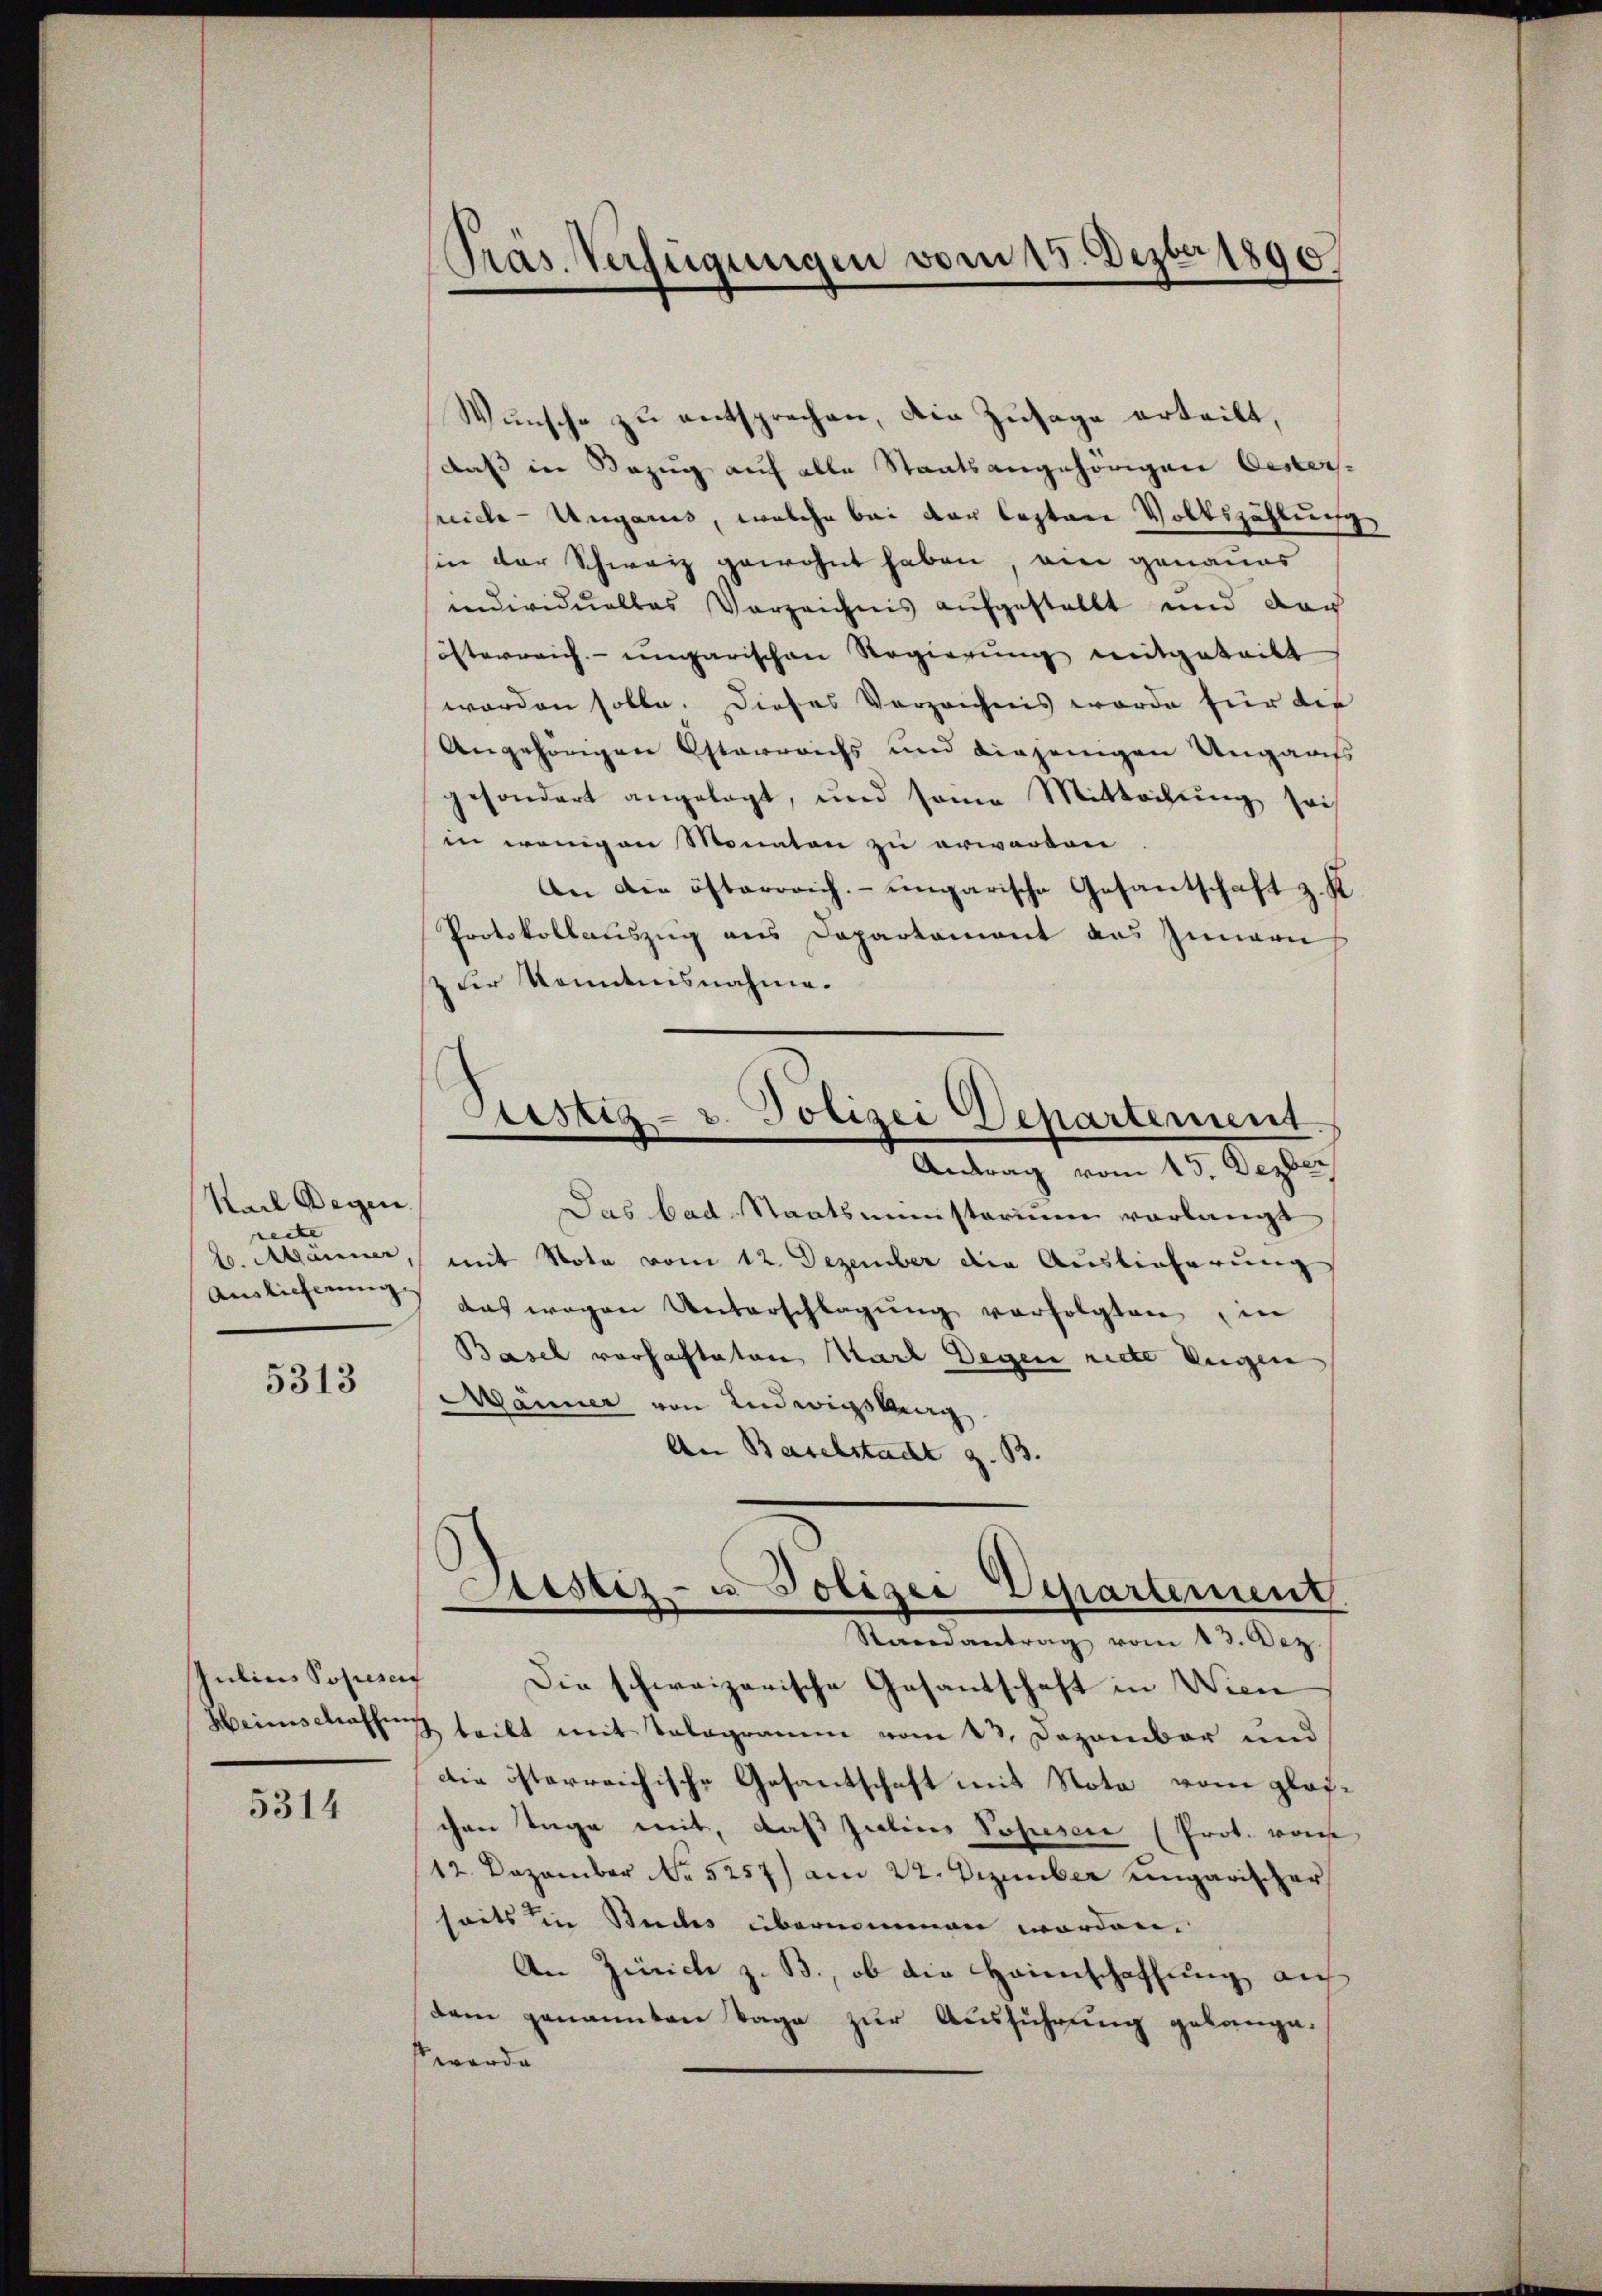
Karl Wegen.
recte |
b. Männer,
Auslieferung

5313

Julius Posiesert

5314

Präs. Verfügungen vom 15. Dezbr 1890

Wunsche zu entsprechen, die Zusage erteilt,
daß in Bezug auf alle Staatsangehörigen Oestersreiche Ungaris, welche bei der Captane Volkszählung
sin der Schweiz gewohnt haben, ein genaues
individuelles Verzeichnis aufgestellt und das
isterreich-ungarischen Regierung mitgeteilt
worden solle. Dieses Verzeichnis worde für die
Angehörigen Osterreichs und diejenigen Ungaris
gesondert angelegt, und seine Mittachŭng sei
in wenigen Monaten zu erwarten
An die österrrich. ungarische Gesantschaft z. K
Protokollatiszug aus Departement das Innern
& der konntnisnahme.
tistig- v. Polizei Departement
Antrag vom 15. Dezber
Das bad Staatsministerium vorlangt
mit Nota vom 12. Dezember die Auslieferung
das wegen Unterschlagung verfolgten in
Basel vorhafteten Karl Degen riete Eigen
Männer von Ludwigsberg
An Baselstacht z. B.

Gesetz- u. Polizei Departement

Randantrag vom 13. Dez.

Die schweizerische Gesandschaft in Wien
Heimschaffung teilt mit Telegramm vom 13. Dezember und
die österreichische Gesantschaft mit Nota vom glaschen Tage mit, daß Julius Possen (Prot. vors
12. Dezember No 5257) am 22. Dezember ungarischer
seits in Studes übernommen worden.
An Zürich z. B., ob die Heimschaffung auf
dem genannten Tage zur Ausführung gelange.
werde